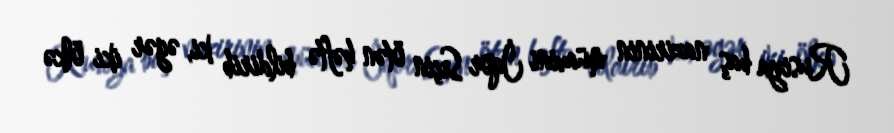
Rusiya baş nazirinin müavini İqor Seçin ötən həftə bildirib ki, əgər iki ölkə